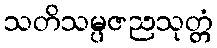
သတိသမ္ပဇညသုတ္တံ